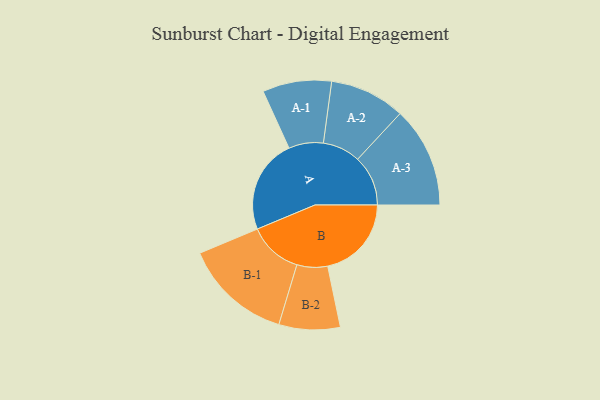
{"axis": {"x": "Segment", "y": "Value"}, "legend": ["", "A", "B"], "data": [{"x": "A", "y": 410, "type": ""}, {"x": "B", "y": 364, "type": ""}, {"x": "A-1", "y": 150, "type": "A"}, {"x": "A-2", "y": 164, "type": "A"}, {"x": "A-3", "y": 219, "type": "A"}, {"x": "B-1", "y": 235, "type": "B"}, {"x": "B-2", "y": 133, "type": "B"}]}